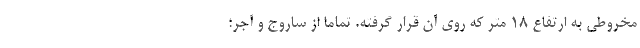
مخروطی به ارتفاع ۱۸ متر که روی آن قرار گرفته. تماما از ساروج و آجر؛